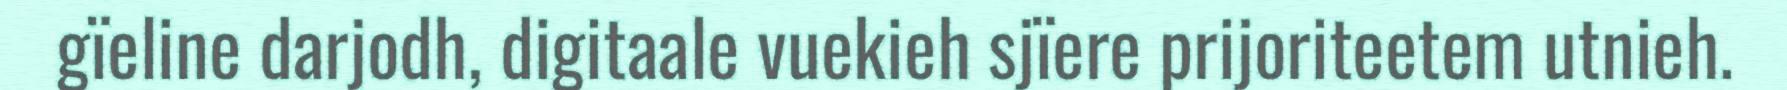
gïeline darjodh, digitaale vuekieh sjïere prijoriteetem utnieh.